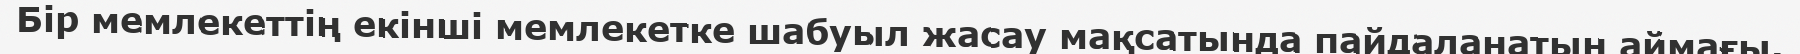
Бір мемлекеттің екінші мемлекетке шабуыл жасау мақсатында пайдаланатын аймағы.